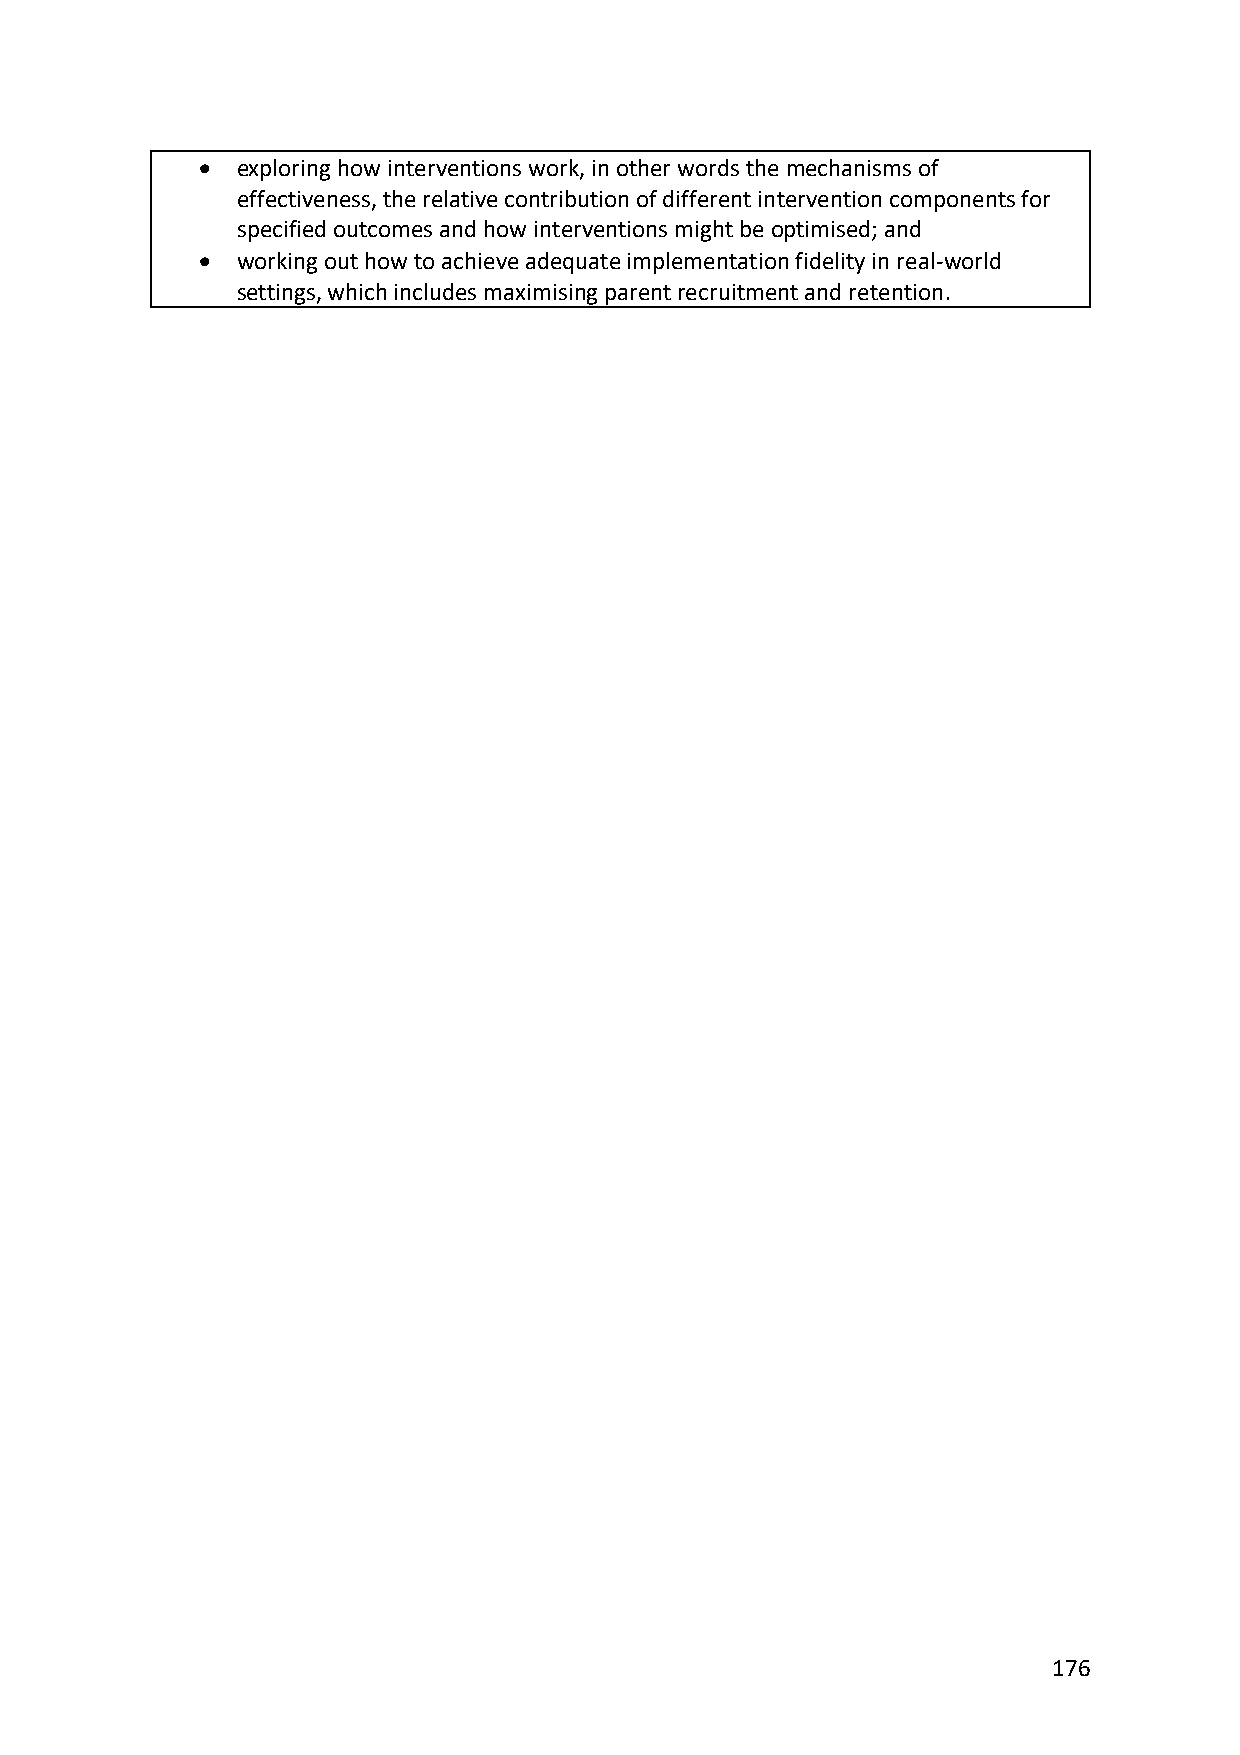
•  exploring how interventions work, in other words the mechanisms of
 effectiveness, the relative contribution of different intervention components for
 specified outcomes and how interventions might be optimised; and
 •  working out how to achieve adequate implementation fidelity in real-world
 settings, which includes maximising parent recruitment and retention.
 176